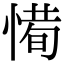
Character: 𢞧